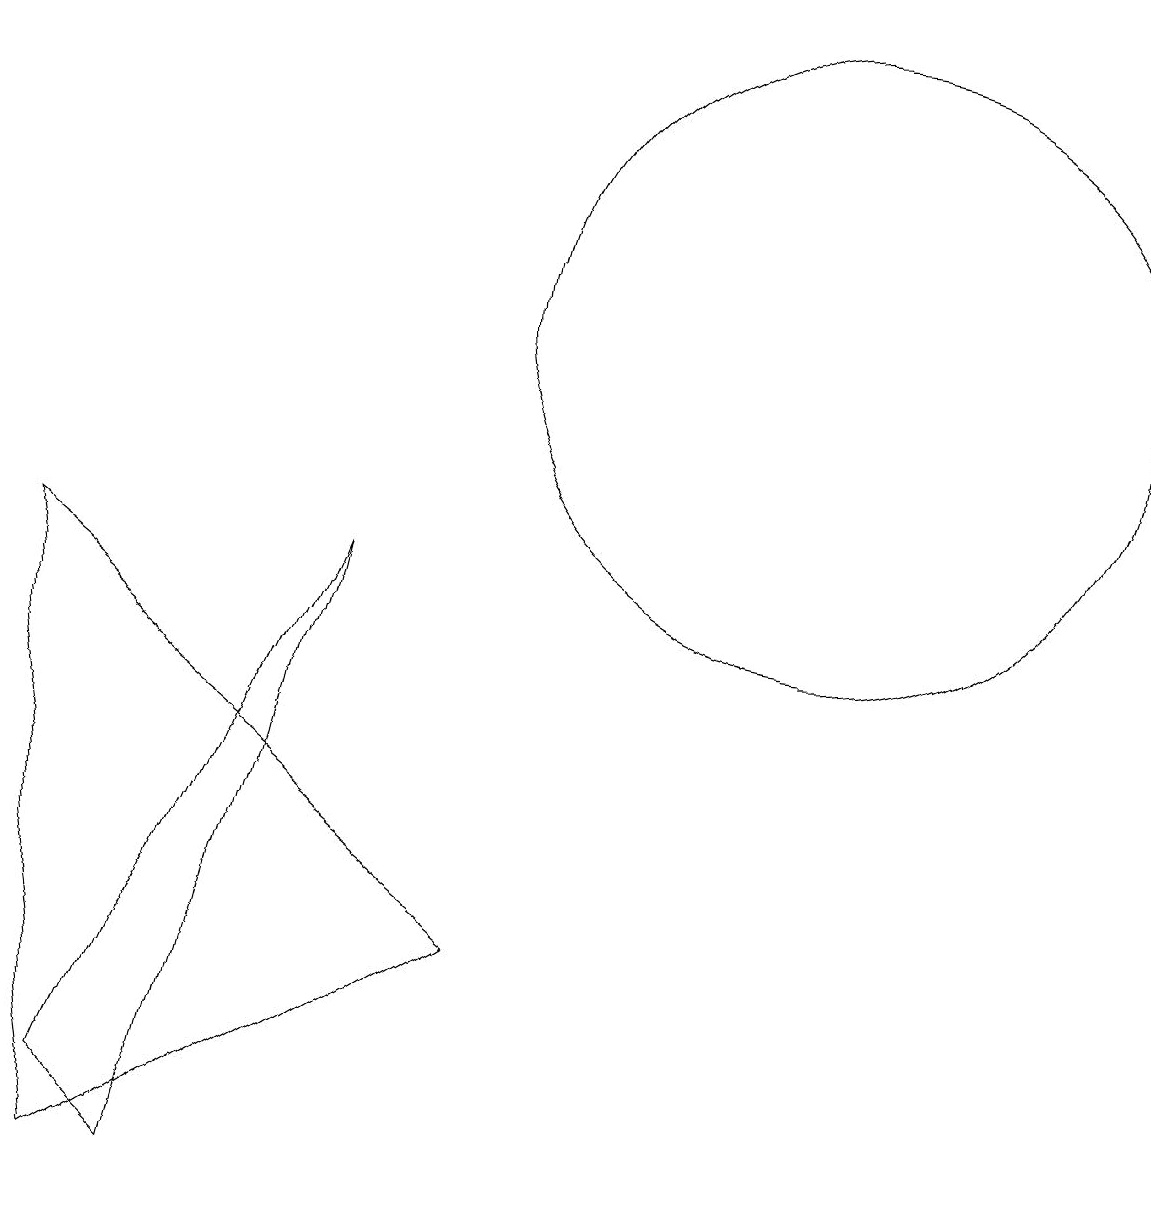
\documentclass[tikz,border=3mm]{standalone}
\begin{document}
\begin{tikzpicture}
\draw (1,9) -- (2,1) -- (7,4) -- cycle;
\draw (11,12) circle (4);
\draw (5,9) -- (3,1) -- (2,2) -- cycle;
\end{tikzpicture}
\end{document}